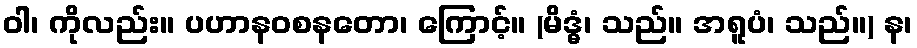
ဝါ၊ ကိုလည်း။ ပဟာနဝစနတော၊ ကြောင့်။ (မိဒ္ဓံ၊ သည်။ အရူပံ၊ သည်။) န၊